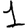
Digit: 1